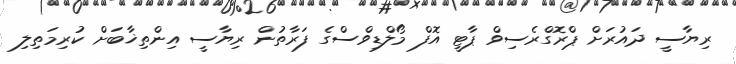
ރިޔާސީ ދައުރަށް ޕްރޮގްރެސިވް ޕާޓީ އޮފް މޯލްޑިވްސްގެ ފަރާތުން ރިޔާސީ އިންތިޚާބަށް ކުރިމަތިލި